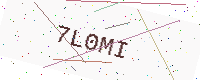
Text: 7L0MI